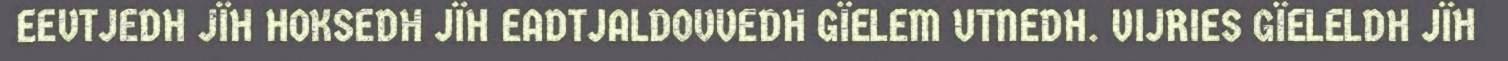
EEVTJEDH JÏH HOKSEDH JÏH EADTJALDOVVEDH GÏELEM UTNEDH. VIJRIES GÏELELDH JÏH